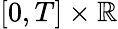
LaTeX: [0,T]\times\mathbb{R}